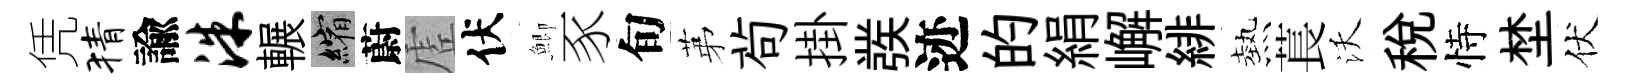
凭猜諭洙輾縮蔚虗伏鯽豕旬苐茍掛彂迹的絹嶰緋熱萇沃稅恃埜伏